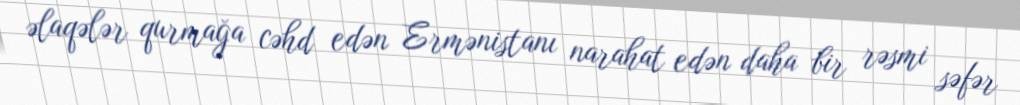
əlaqələr qurmağa cəhd edən Ermənistanı narahat edən daha bir rəsmi səfər